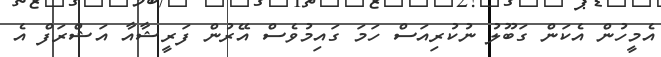
އެމީހުން އެކަން ގަބޫލު ނުކުރިއަސް ހަމަ ގައިމުވެސް އޭރުން ފަރީޝާއާ އަޝްރަފް އެ